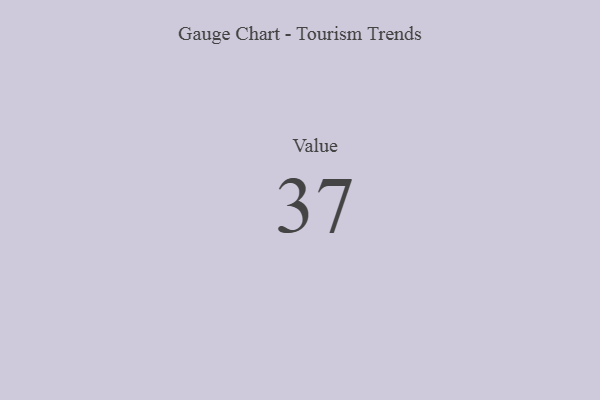
{"axis": {"x": "Metric", "y": "Value"}, "legend": [""], "data": [{"x": "Value", "y": 37, "type": ""}]}